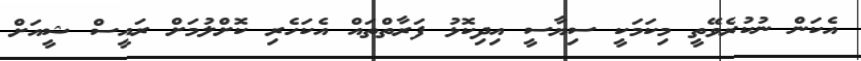
އެކަން ނުކުރެވޭތީ މިކަމަކީ ސިޔާސީ އިދިކޮޅު ފަރާތްތައް އެކަހެރި ކޮށްލުމަށް ރައީސް ޝީއަށް